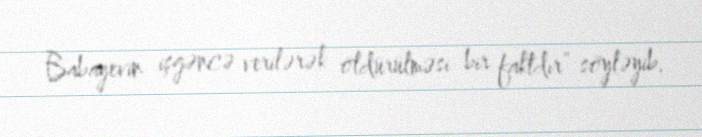
Babayevin işgəncə verilərək öldürülməsi bir faktdır” söyləyib.